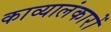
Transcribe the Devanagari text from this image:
काव्यालंकारों